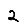
Digit: 2